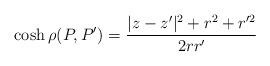
LaTeX: \begin{align*}\cosh\rho(P,P')=\frac{|z-z'|^2+r^2+r'^2}{2rr'}\end{align*}